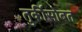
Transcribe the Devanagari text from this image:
तुर्कीसोबत